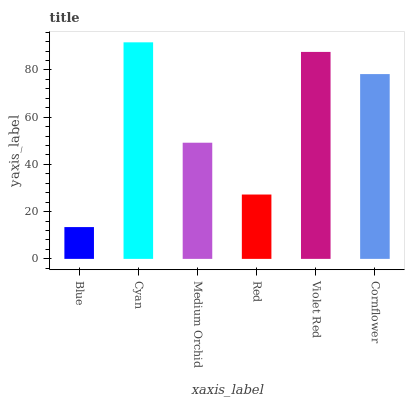
| xaxis_label | bars |
 | --- | --- |
 | Blue | 13.5 |
 | Cyan | 91.7 |
 | Medium Orchid | 49.2 |
 | Red | 27.3 |
 | Violet Red | 87.7 |
 | Cornflower | 78.3 |